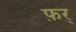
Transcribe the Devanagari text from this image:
फ़र्